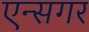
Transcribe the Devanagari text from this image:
एन्सगर